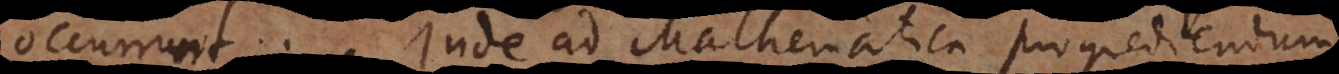
occurrunt. Inde ad Mathematica progrediendum